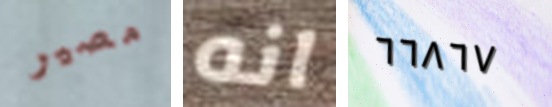
مصير انه ٦٦٨٦٧